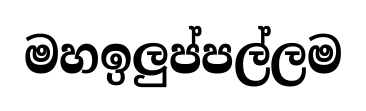
මහඉලුප්පල්ලම